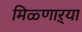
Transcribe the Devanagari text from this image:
मिळ्णाऱ्या